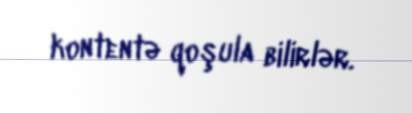
kontentə qoşula bilirlər.